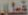
قطار